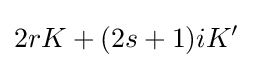
2rK+(2s+1)iK'